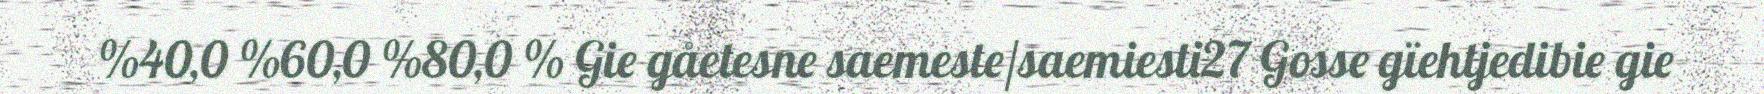
%40,0 %60,0 %80,0 % Gie gåetesne saemeste/saemiesti27 Gosse gïehtjedibie gie